Civil Veterinary Dept. Bombay admin report 1932-41 - 1932-1941
Year: 1932
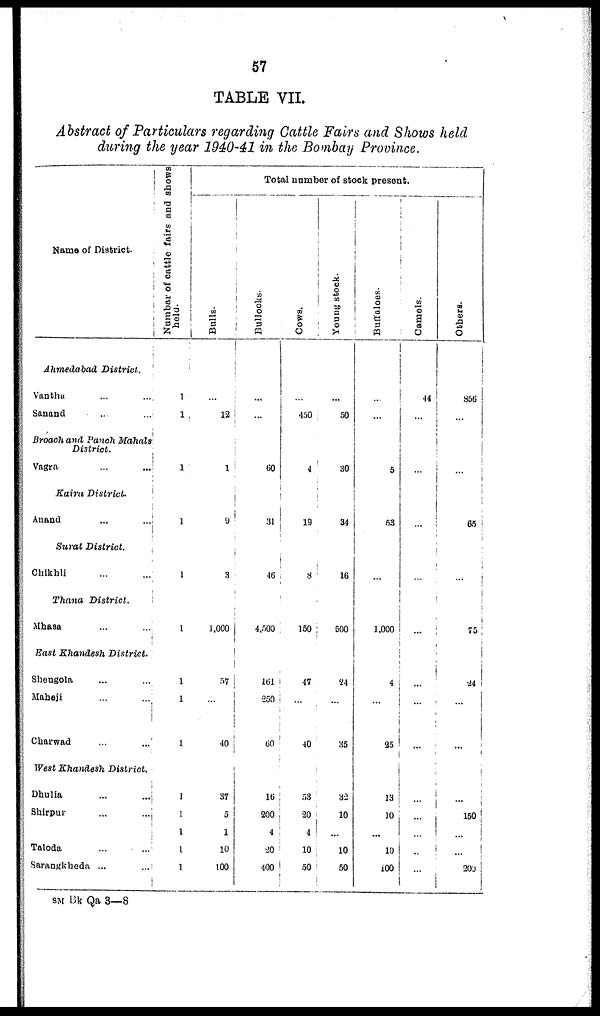
57
TABLE VII.
Abstract of Particulars regarding Cattle Fairs and Shows held
during the year 1940-41 in the Bombay Province.
Name of District.
Ahmedabad District.
Vanthu ... ...
Sanand ... ...
Broach and Panch Mahals
District.
Vagra
...
...
Kaira
District.
Anand
...
...
Surat
District.
Chikhli ... ...
Thana
District.
Mhasa
...
...
East Khandesh
District.
Shengola ... ...
Maheji ... ...
Charwad ... ...
West Khandesh
District.
Dhulia ... ...
Shirpur ... ...
Taloda ... ...
Sarangkheda ... ...
Number
of cattle fairs and shows
held.
1
1
1
1
1
1
1
1
1
1
1
1
1
1
Total number of stock present.
Bulls.
...
12
1
9
3
1,000
57
...
40
37
5
1
10
100
Bullocks.
...
...
60
31
46
4,500
161
250
60
16
200
4
20
400
Cows.
...
450
4
19
8
150
47
...
...
58
20
4
10
50
Young stock.
...
50
30
34
16
500
24
...
35
32
10
...
10
50
Buffaloes.
...
...
5
53
...
1,000
4
...
25
13
10
...
10
100
Camels.
44
...
...
...
...
...
...
...
...
...
...
...
Others.
856
...
...
65
...
75
...
...
...
...
150
...
...
200
SM Bk Qa 3—8